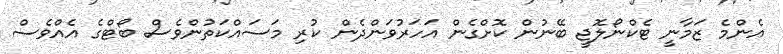
އެންމެ ޒަމާނީ ޓެކްނޯލޮޖީ ބޭނުން ކޮށްގެން އަހަރުވަންދެން ކުރި މަސައްކަތުންވެސް ބޯޓްގެ އެއްވެސް